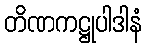
တိဏကဋ္ဌုပါဒါနံ